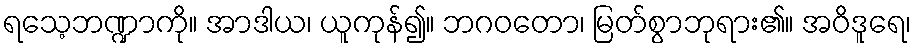
ရသေ့ဘဏ္ဍာကို။ အာဒါယ၊ ယူကုန်၍။ ဘဂဝတော၊ မြတ်စွာဘုရား၏။ အဝိဒူရေ၊